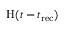
\mathrm { H } ( t - t _ { \mathrm { r e c } } )